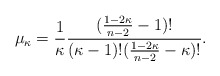
\begin{align*}\mu_{\kappa}=\frac{1}{\kappa}\frac{(\frac{1 -2\kappa}{n-2}-1)!}{(\kappa-1)!(\frac{1 -2 \kappa}{n-2}-\kappa)!}.\end{align*}